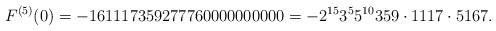
LaTeX: \begin{align*}F^{(5)}(0)=-161117359277760000000000=-2^{15}3^{5}5^{10}359\cdot 1117\cdot 5167.\end{align*}